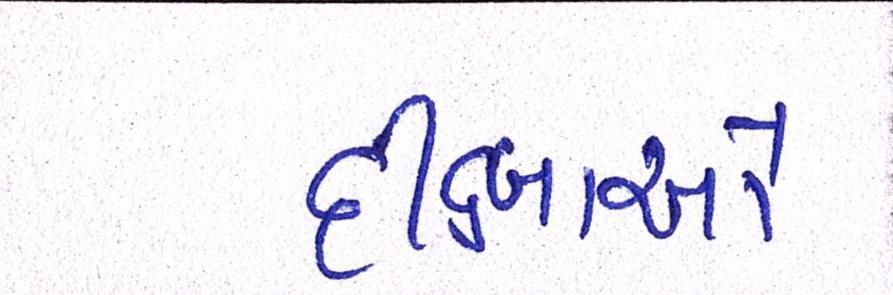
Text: દીક્ષાઓ